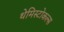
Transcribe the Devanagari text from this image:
थेमिस्टोकल्स